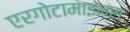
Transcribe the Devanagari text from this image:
एरगोटामाइन्स